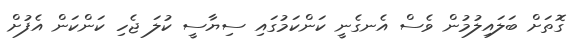
ގޮތަށް ބަލައިލުމުން ވެސް އެނގެނީ ކަންކަމުގައި ސިޔާސީ ކުލަ ޖެހި ކަންކަން އެފުށް